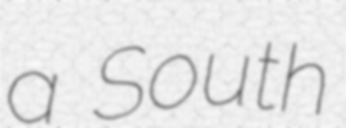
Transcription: a South